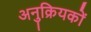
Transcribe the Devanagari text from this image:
अनुक्रियकों